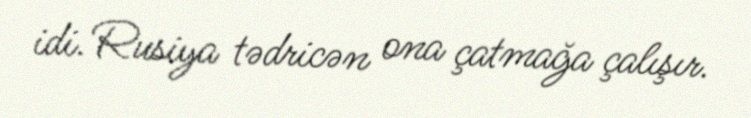
idi. Rusiya tədricən ona çatmağa çalışır.